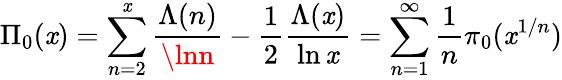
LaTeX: \Pi_{0}(\mathit{x})=\sum_{n=2}^{\mathit{x}}{\frac{{\Lambda(n)}}{{\lnn}}}-{\frac{{1}}{{2}}}{\frac{{\Lambda(\mathit{x})}}{{\ln\mathit{x}}}}=\sum_{n=1}^{\infty}{\frac{{1}}{{n}}}\pi_{0}(\mathit{x}^{1/n})